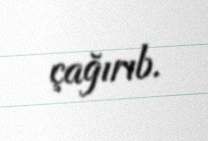
çağırıb.